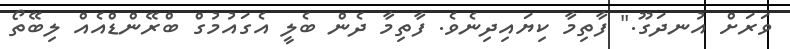
ވަރަށް އުނދަގޫ." ފާތިމާ ކިޔައިދިނެވެެ. ފާތިމާ ދެން ބެލީ އެގައުމުގް ބްރޭންޑްއެއް ލިބޭތޯ